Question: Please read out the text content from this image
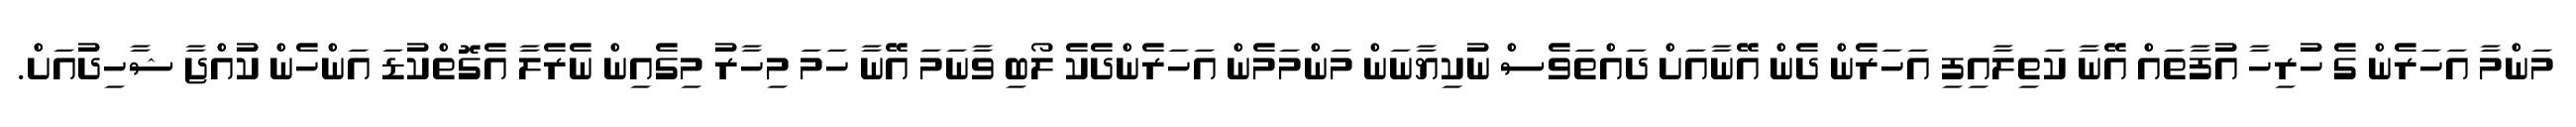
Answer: މަންމާ އަހަރެން ގެ ހުރިހާ އުފާތައް އޭނާ ކަތިލާއިފި އަހަރެން ދެން އޭނާއަށް ދައްތަވެސް ނުކިޔާނަން މަންމަމެން އަހަރެންދެކެ ލޯބި ވާނަމަ އޭނާ ހަމަ މިހާރު މިގެއިން ނެރެލާ އެގޮތްކުޑަ އަންހެން ކުއްޖާ ޝާހިދުއަށް.